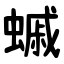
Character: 䗩